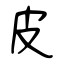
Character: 皮